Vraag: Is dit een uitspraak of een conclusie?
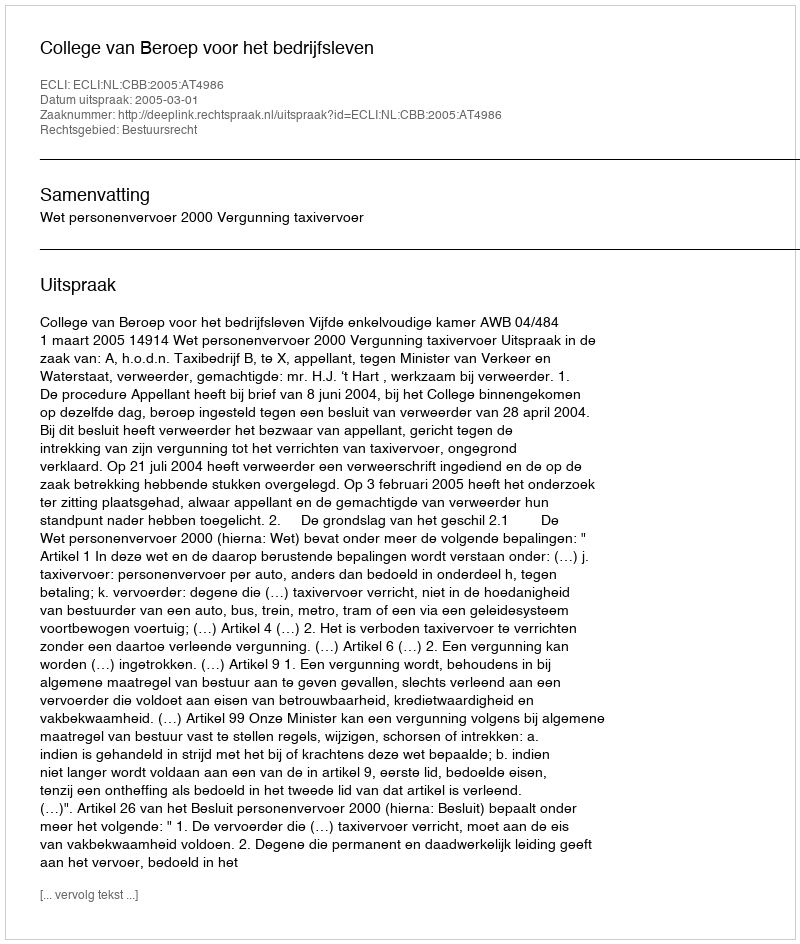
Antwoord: Uitspraak